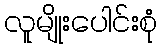
လူမျိုးပေါင်းစုံ